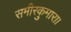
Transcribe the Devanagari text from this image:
समीरकुमारा।